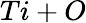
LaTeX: Ti+O